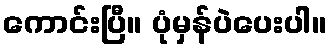
ကောင်းပြီ။ ပုံမှန်ပဲပေးပါ။